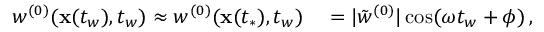
\begin{array} { r l } { w ^ { ( 0 ) } ( \mathbf { x } ( t _ { w } ) , t _ { w } ) \approx w ^ { ( 0 ) } ( \mathbf { x } ( t _ { * } ) , t _ { w } ) } & { { } = | \tilde { w } ^ { ( 0 ) } | \cos ( \omega t _ { w } + \phi ) \, , } \end{array}